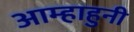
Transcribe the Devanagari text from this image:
आम्हाहुनी